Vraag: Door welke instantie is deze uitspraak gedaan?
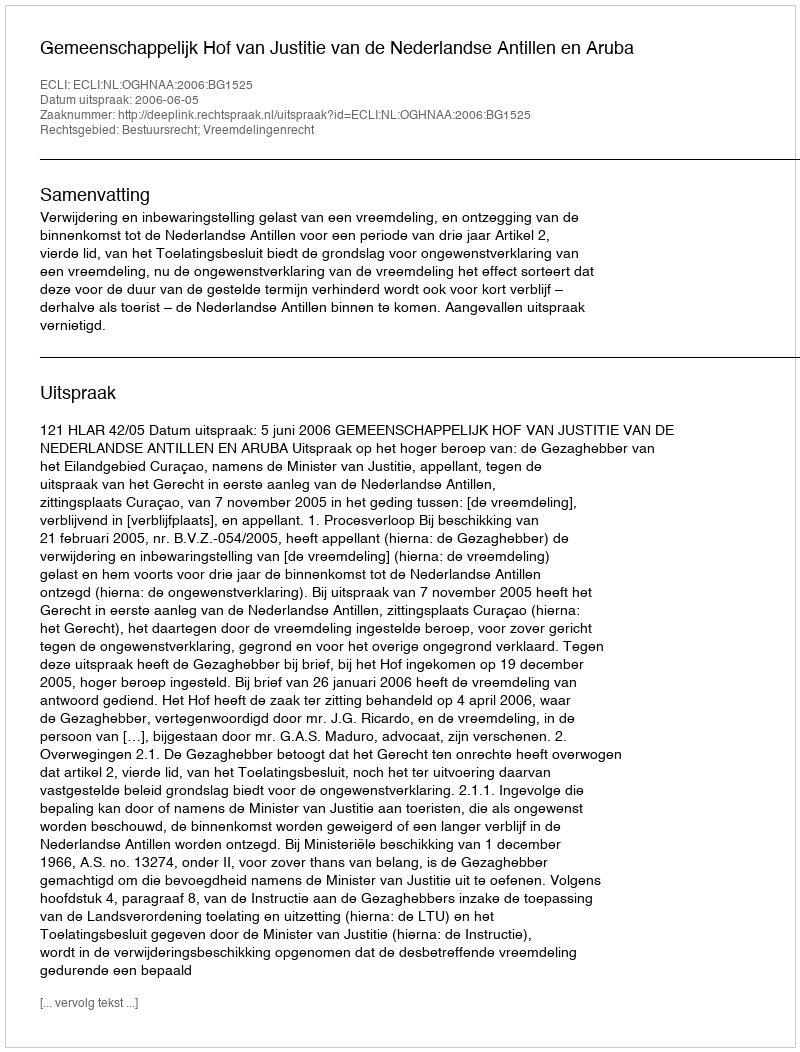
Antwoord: Gemeenschappelijk Hof van Justitie van de Nederlandse Antillen en Aruba